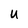
Character: u